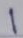
1